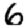
Digit: 6